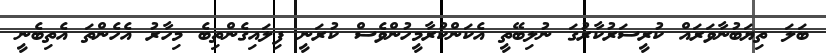
ބަލަ ތިޔަބުނާވަރައް ކުރީސަރުކާރުގަ ނުލިބޭތީ އެކަންކުރާމީހުންވެސް ކުރަނީ ފިލައިގެންތިބެ މިހާރު އެހެންތަ އެތިބެނީ